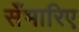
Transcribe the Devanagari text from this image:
सँभारिए